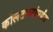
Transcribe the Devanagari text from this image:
कोलटकरांपर्यंत